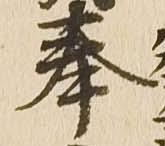
奉